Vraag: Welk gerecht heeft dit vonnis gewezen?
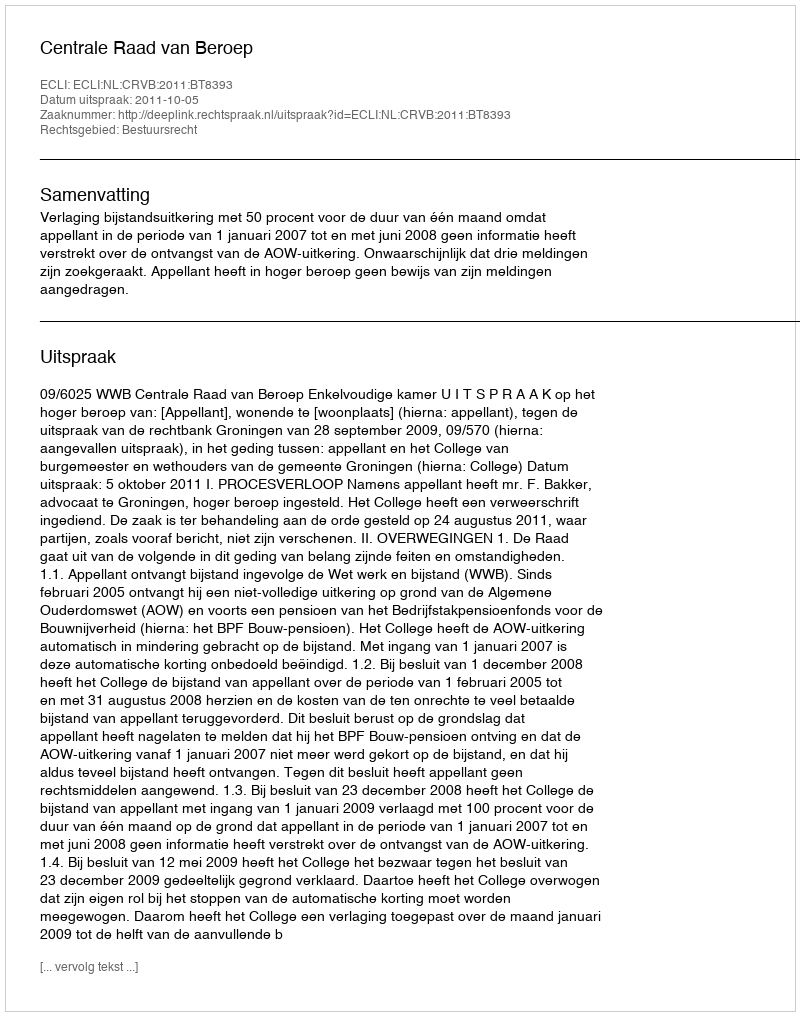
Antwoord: Centrale Raad van Beroep